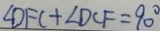
\angle D F C + \angle D C F = 9 0 ^ { \circ }